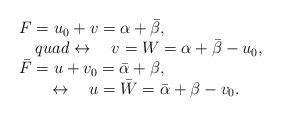
LaTeX: \begin{align*}\begin{array}{l}F=u_0+v=\alpha +\bar \beta , \\\quad quad \leftrightarrow \quad v=W=\alpha +\bar \beta -u_0, \\\bar F=u+v_0=\bar \alpha +\beta , \\\quad \quad \leftrightarrow \quad u=\bar W=\bar \alpha +\beta -v_0.\end{array}\end{align*}